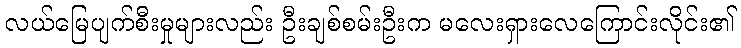
လယ်မြေပျက်စီးမှုများလည်း ဦးချစ်စမ်းဦးက မလေးရှားလေကြောင်းလိုင်း၏